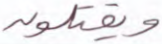
ويقتلون